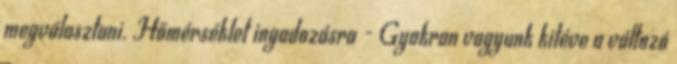
megválasztani. Hőmérséklet ingadozásra - Gyakran vagyunk kitéve a változó